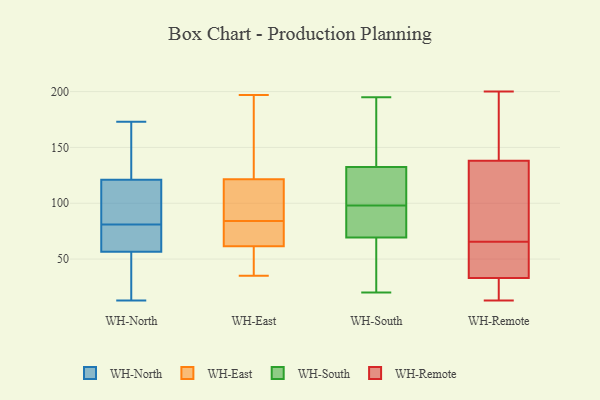
{"axis": {"x": "Demand Index", "y": "Value"}, "legend": ["WH-East", "WH-North", "WH-Remote", "WH-South"], "data": [{"x": "", "y": 72, "type": "WH-North"}, {"x": "", "y": 90, "type": "WH-North"}, {"x": "", "y": 129, "type": "WH-North"}, {"x": "", "y": 32, "type": "WH-North"}, {"x": "", "y": 13, "type": "WH-North"}, {"x": "", "y": 165, "type": "WH-North"}, {"x": "", "y": 47, "type": "WH-North"}, {"x": "", "y": 173, "type": "WH-North"}, {"x": "", "y": 72, "type": "WH-North"}, {"x": "", "y": 90, "type": "WH-North"}, {"x": "", "y": 72, "type": "WH-North"}, {"x": "", "y": 66, "type": "WH-North"}, {"x": "", "y": 158, "type": "WH-North"}, {"x": "", "y": 97, "type": "WH-North"}, {"x": "", "y": 113, "type": "WH-North"}, {"x": "", "y": 14, "type": "WH-North"}, {"x": "", "y": 76, "type": "WH-East"}, {"x": "", "y": 191, "type": "WH-East"}, {"x": "", "y": 82, "type": "WH-East"}, {"x": "", "y": 60, "type": "WH-East"}, {"x": "", "y": 95, "type": "WH-East"}, {"x": "", "y": 47, "type": "WH-East"}, {"x": "", "y": 39, "type": "WH-East"}, {"x": "", "y": 197, "type": "WH-East"}, {"x": "", "y": 70, "type": "WH-East"}, {"x": "", "y": 134, "type": "WH-East"}, {"x": "", "y": 63, "type": "WH-East"}, {"x": "", "y": 38, "type": "WH-East"}, {"x": "", "y": 105, "type": "WH-East"}, {"x": "", "y": 125, "type": "WH-East"}, {"x": "", "y": 84, "type": "WH-East"}, {"x": "", "y": 84, "type": "WH-East"}, {"x": "", "y": 131, "type": "WH-East"}, {"x": "", "y": 118, "type": "WH-East"}, {"x": "", "y": 35, "type": "WH-East"}, {"x": "", "y": 115, "type": "WH-East"}, {"x": "", "y": 99, "type": "WH-South"}, {"x": "", "y": 88, "type": "WH-South"}, {"x": "", "y": 131, "type": "WH-South"}, {"x": "", "y": 98, "type": "WH-South"}, {"x": "", "y": 67, "type": "WH-South"}, {"x": "", "y": 164, "type": "WH-South"}, {"x": "", "y": 23, "type": "WH-South"}, {"x": "", "y": 29, "type": "WH-South"}, {"x": "", "y": 195, "type": "WH-South"}, {"x": "", "y": 20, "type": "WH-South"}, {"x": "", "y": 133, "type": "WH-South"}, {"x": "", "y": 76, "type": "WH-South"}, {"x": "", "y": 176, "type": "WH-South"}, {"x": "", "y": 102, "type": "WH-South"}, {"x": "", "y": 89, "type": "WH-South"}, {"x": "", "y": 60, "type": "WH-Remote"}, {"x": "", "y": 33, "type": "WH-Remote"}, {"x": "", "y": 122, "type": "WH-Remote"}, {"x": "", "y": 20, "type": "WH-Remote"}, {"x": "", "y": 36, "type": "WH-Remote"}, {"x": "", "y": 20, "type": "WH-Remote"}, {"x": "", "y": 141, "type": "WH-Remote"}, {"x": "", "y": 42, "type": "WH-Remote"}, {"x": "", "y": 125, "type": "WH-Remote"}, {"x": "", "y": 13, "type": "WH-Remote"}, {"x": "", "y": 185, "type": "WH-Remote"}, {"x": "", "y": 71, "type": "WH-Remote"}, {"x": "", "y": 200, "type": "WH-Remote"}, {"x": "", "y": 138, "type": "WH-Remote"}]}